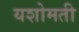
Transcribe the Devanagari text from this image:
यशोमती